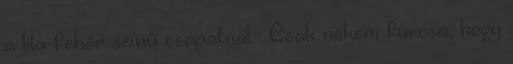
a lila-fehér színű csapatnál : Csak nekem furcsa, hogy